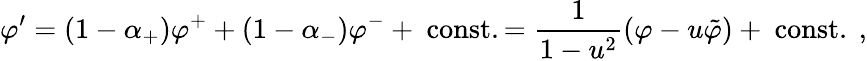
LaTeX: \varphi^{\prime}=(1-\alpha_{+})\varphi^{+}+(1-\alpha_{-})\varphi^{-}+~\mathrm{const}.={\frac{1}{1-u^{2}}}(\varphi-u\tilde{\varphi})+~\mathrm{const}.\ ,